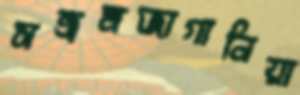
সম্ভ্রমজাগানিয়া